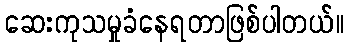
ဆေးကုသမှုခံနေရတာဖြစ်ပါတယ်။